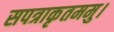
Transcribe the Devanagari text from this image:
सपत्राकृतममु।